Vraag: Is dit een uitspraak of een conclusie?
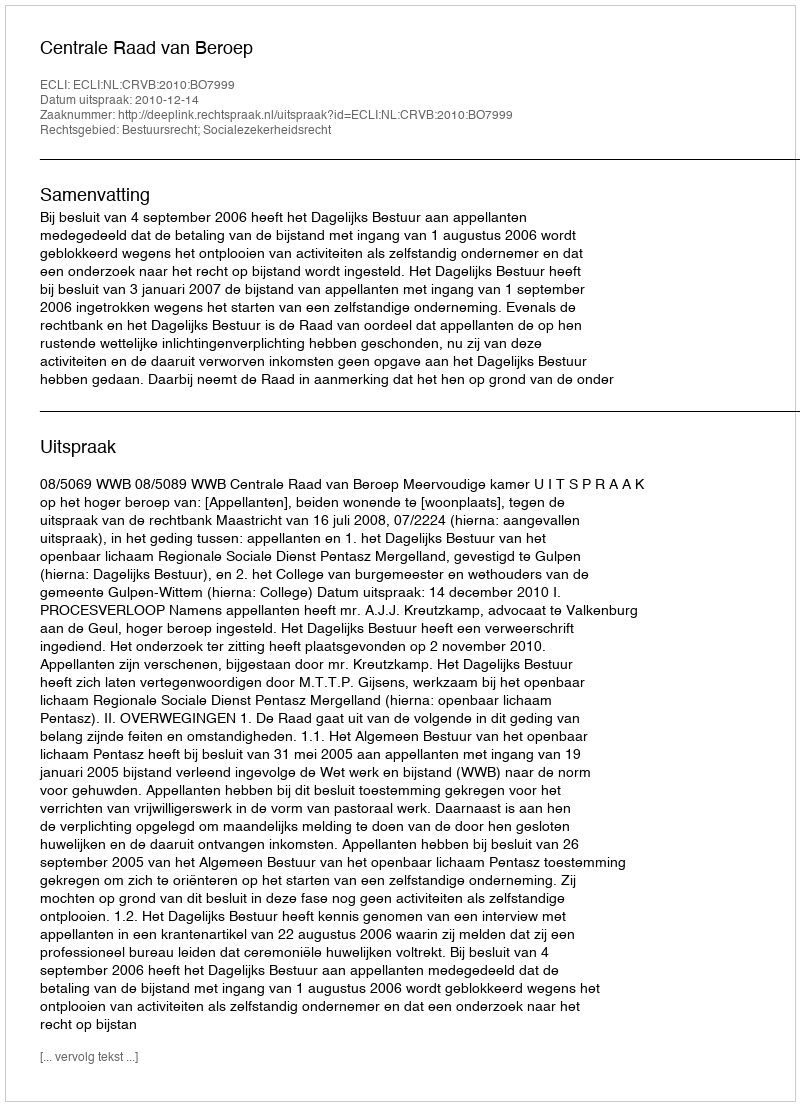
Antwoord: Uitspraak